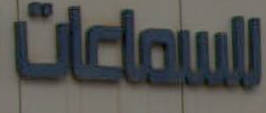
للسماعات